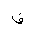
Letter: _fa